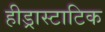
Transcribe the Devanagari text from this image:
हीड्रास्टाटिक